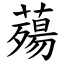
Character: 薚